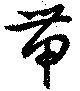
帯